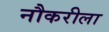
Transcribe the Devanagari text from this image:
नौकरीला